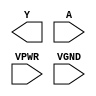
module sky130_fd_sc_hs__clkdlyinv3sd2 (
    Y   ,
    A   ,
    VPWR,
    VGND
);

    output Y   ;
    input  A   ;
    input  VPWR;
    input  VGND;
endmodule